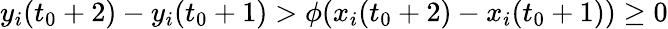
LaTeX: y_{i}(t_{0}+2)-y_{i}(t_{0}+1)>\phi(x_{i}(t_{0}+2)-x_{i}(t_{0}+1))\geq 0